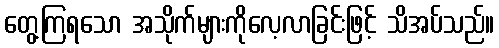
တွေ့ကြရသော အသိုက်များကိုလေ့လာခြင်းဖြင့် သိအပ်သည်။